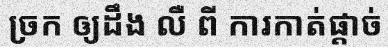
ច្រក ឲ្យដឹង លឺ ពី ការកាត់ផ្តាច់